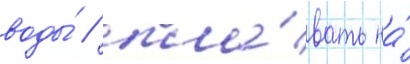
воды́ / пла́вать на́